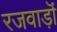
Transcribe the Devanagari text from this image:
रजवाड़ॊं